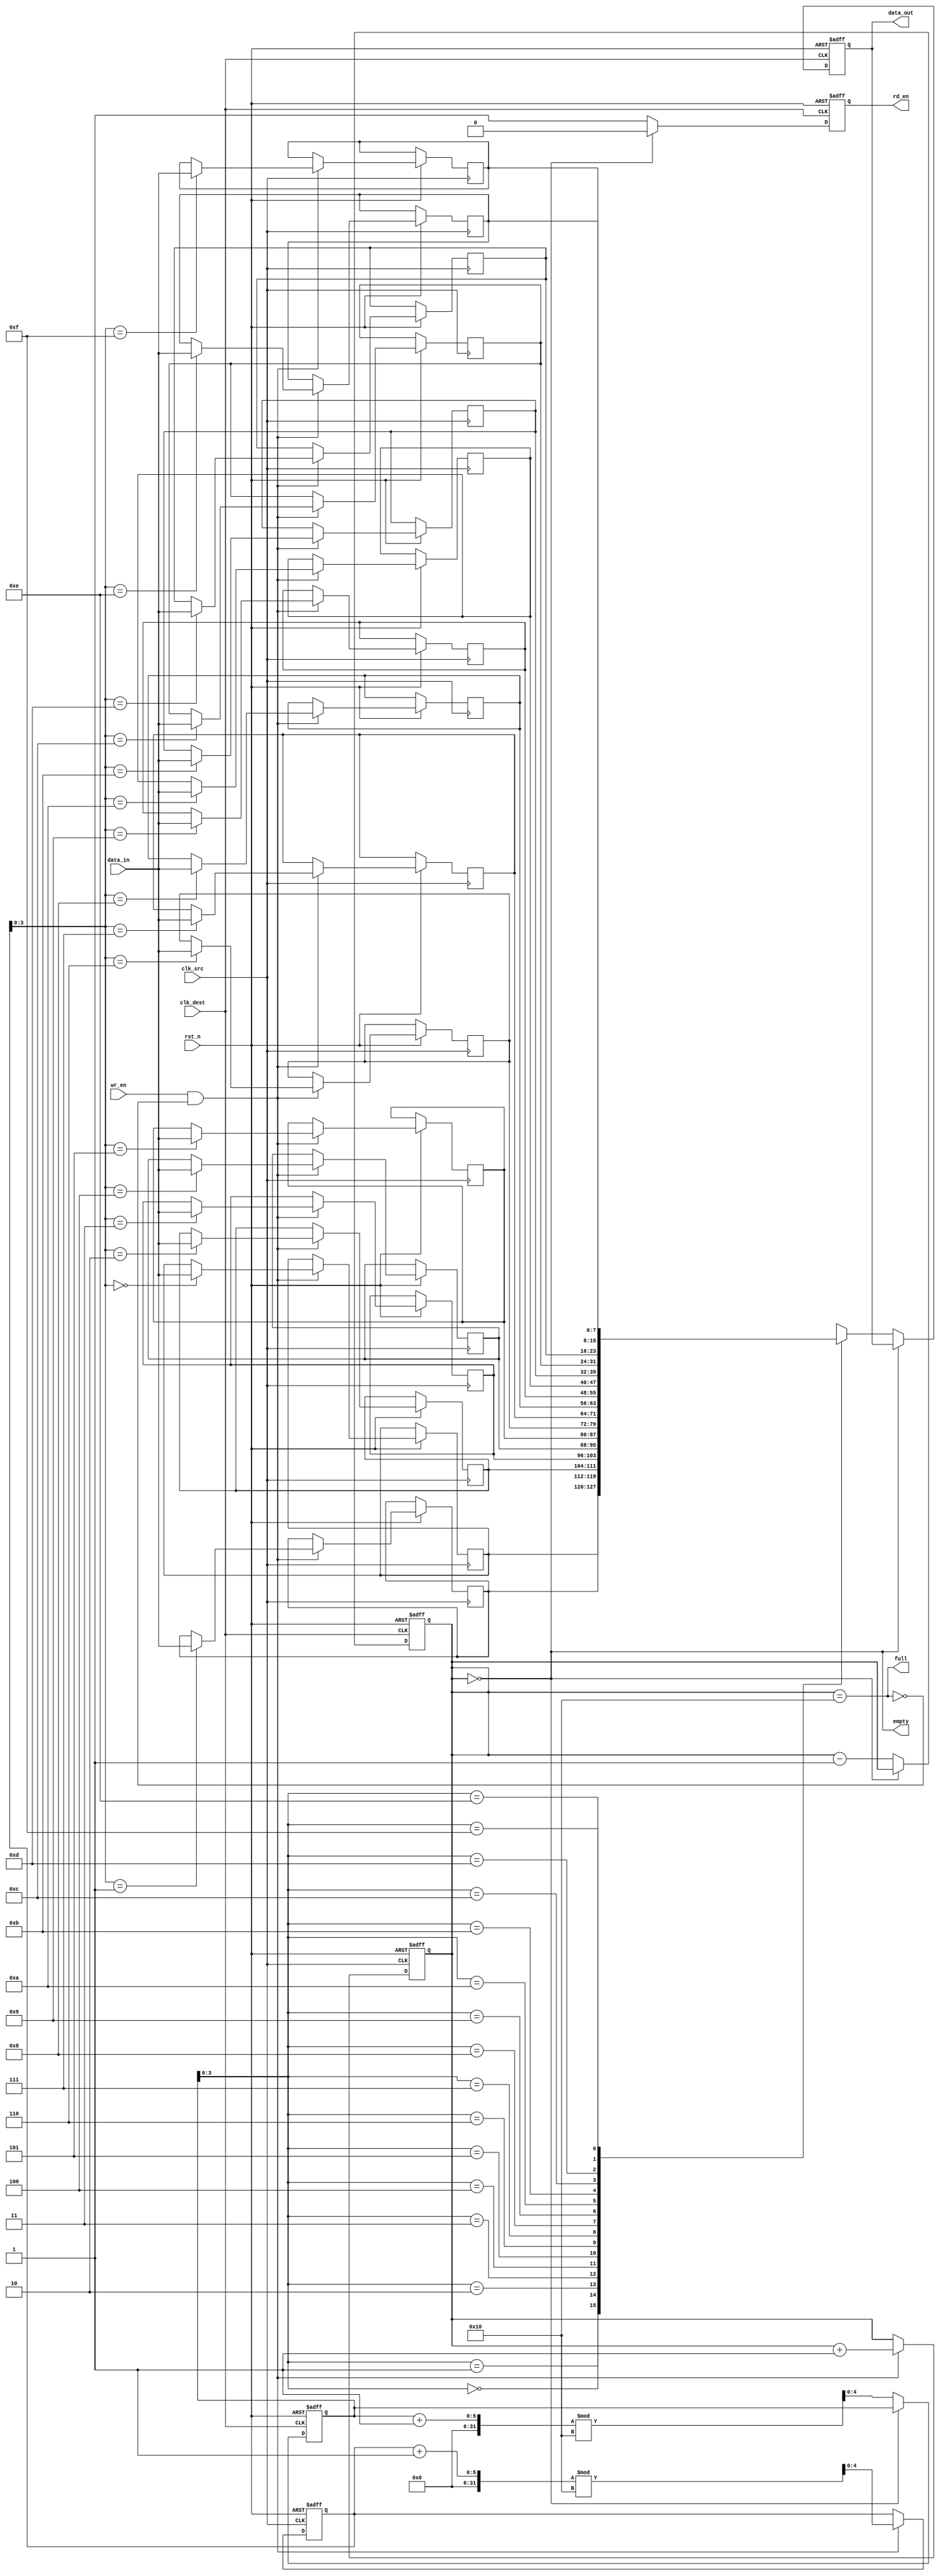
module FIFO_Synchronizer
#(
    parameter DATA_WIDTH = 8,
    parameter FIFO_DEPTH = 16
)
(
    input wire clk_src,              // Source clock
    input wire clk_dest,             // Destination clock
    input wire rst_n,                // Active low reset
    input wire wr_en,                // Write enable signal from source clock domain
    input wire [DATA_WIDTH-1:0] data_in, // Data input from source clock domain
    output reg rd_en,                // Read enable signal to destination clock domain
    output reg [DATA_WIDTH-1:0] data_out, // Data output to destination clock domain
    output wire full,                // FIFO full flag
    output wire empty                // FIFO empty flag
);

    // FIFO memory
    reg [DATA_WIDTH-1:0] fifo_mem [0:FIFO_DEPTH-1];
    reg [4:0] wr_ptr;                // Write pointer
    reg [4:0] rd_ptr;                // Read pointer
    reg [4:0] fifo_count;            // Number of items in FIFO

    assign full = (fifo_count == FIFO_DEPTH);
    assign empty = (fifo_count == 0);

    // Write Control Logic (Source Clock Domain)
    always @(posedge clk_src or negedge rst_n) begin
        if (!rst_n) begin
            wr_ptr <= 0;
            fifo_count <= 0;
        end else begin
            if (wr_en && !full) begin
                fifo_mem[wr_ptr] <= data_in;
                wr_ptr <= (wr_ptr + 1) % FIFO_DEPTH;
                fifo_count <= fifo_count + 1;
            end
        end
    end

    // Read Control Logic (Destination Clock Domain)
    always @(posedge clk_dest or negedge rst_n) begin
        if (!rst_n) begin
            rd_ptr <= 0;
            fifo_count <= 0;
            rd_en <= 0;
            data_out <= 0;
        end else begin
            rd_en <= 0; // Default read enable
            
            if (!empty) begin
                data_out <= fifo_mem[rd_ptr];
                rd_en <= 1; // Assert read enable
                
                rd_ptr <= (rd_ptr + 1) % FIFO_DEPTH;
                fifo_count <= fifo_count - 1;
            end
        end
    end

endmodule